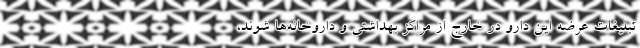
تبلیغات عرضه این دارو در خارج از مراکز بهداشتی و داروخانه‌ها شوند،